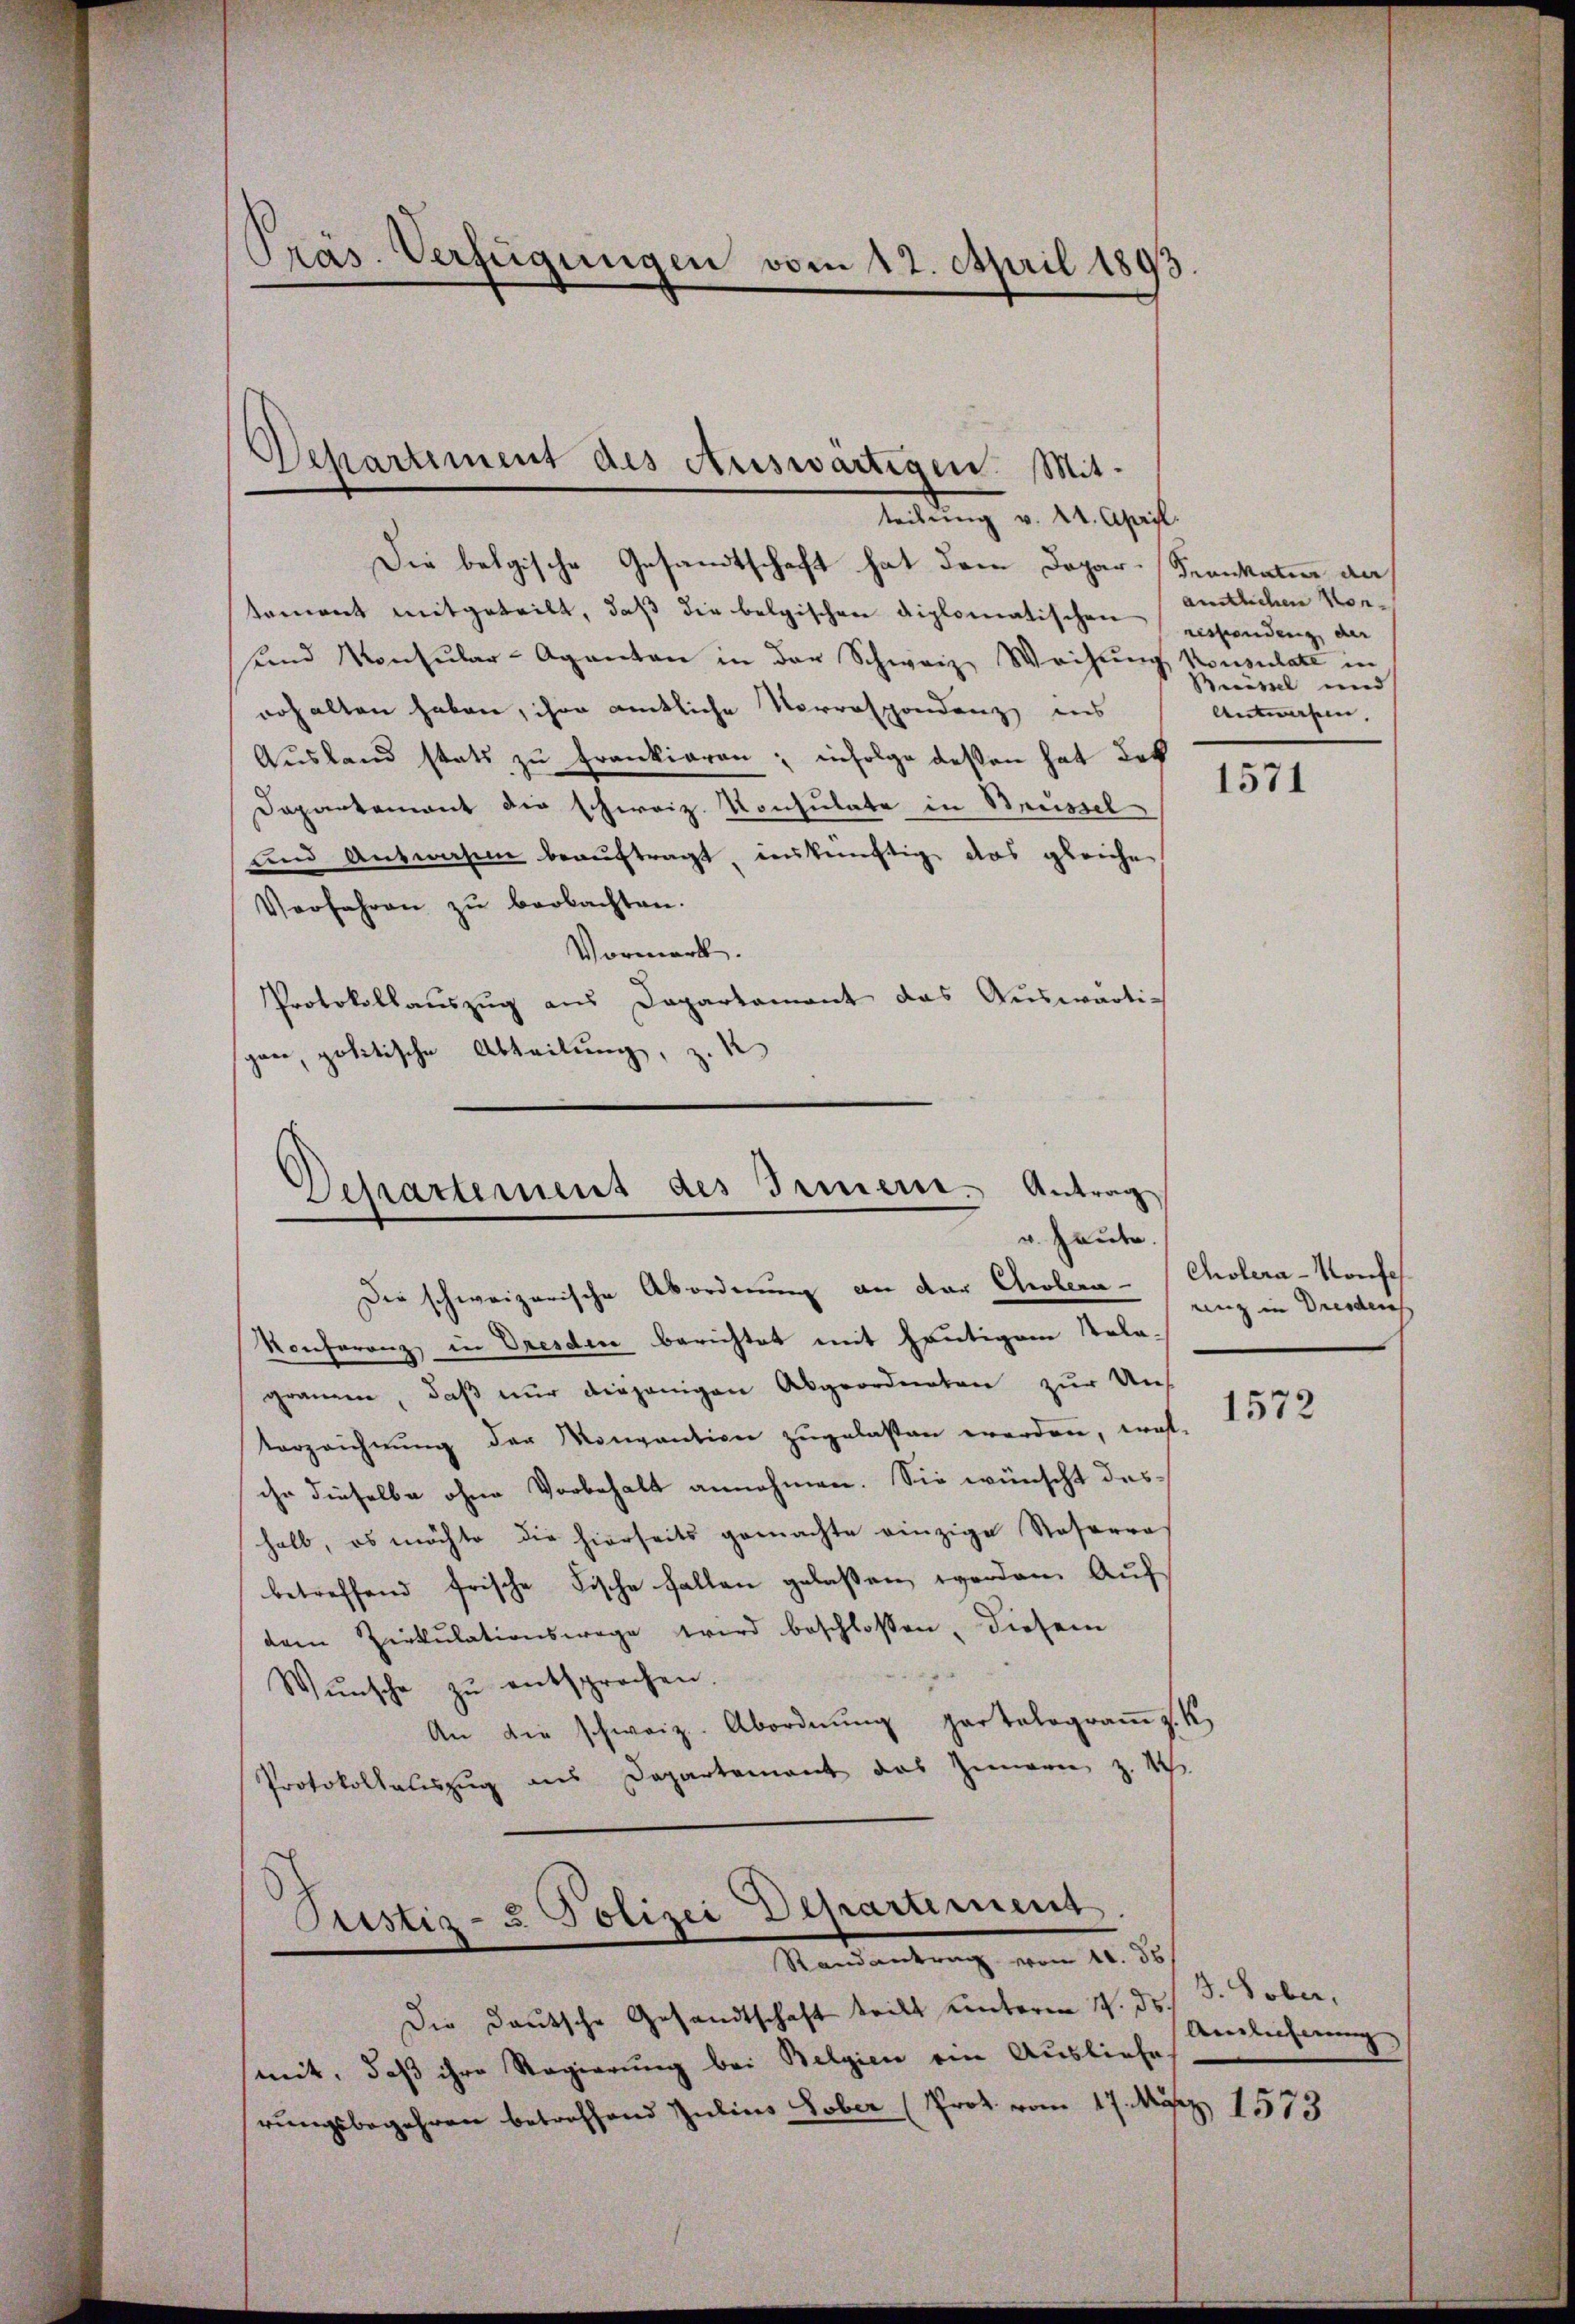
Präs. Verfügungen vom 12. April 1893.

d
Departiment des Auswärtigen. Mitteilung v. 24. April.

Die belgische Gesandtschaft hat dem Departament mitgeteilt, daß die belgischen diplomatischen respendenz, der
ennd Konsular-Aganten in der Schweiz, Weisung konsulate in
erhalten haben, ihre amtliche Vorrespondenz ins
Ausland statt zu Frankiaren; infolge deßen hat des
Dapartement die schweiz. Konsulate in Reussel
und Antwasen beauftragt, inskünftig das gleichen
Verfahren zŭ beobachten.
Vormerk.
Protokollauszug aus Dapartament das Auswärtig
gane, politische Abteilung, z. K

Departement des Innern. Antrag
u. Heute.
Die schweizerische Abordnung an der Cholera. / Cholera-Vorsch

Randantrag vom 11. 36

Konferenz in Dresden berichtet mit heutigem Rela-
gramm, daß nur diejenigen Abgeordneten zur Uns
terzeichnŭng der Mongation zŭgelassen werden, was-
ihr dieselbe ohne Vorbehalt annehmen. Sie wünscht dashalb, es möchte die hierseits gemachte einzige Rosarra
betreffend frische Fische fallen gelaßen werden. Aŭf
dem Zirkulationswage wird beschlossen, diesem
Wunsche zu entsprochen.
An die schweiz. Abordnŭng partalograṁ z. R.
Protokollauszug aus Departement das Zimmern z. B.
Pustiz- & Polizei Departiment.

Die Deutsche Gesandtschaft teilt unteren 14. ds
mit, daß ihre Regierung bei Belgien ein Ausliefes
rungsbegehren betreffend Julius Tober (Prok. vom 17. März 1513

Krankaten an
amtlichen Vor-
Buissel und
Antworfen,

1571

unz in Dresden

1572

3. Sober,
Amlicherung